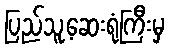
ပြည်သူ့ဆေးရုံကြီးမှ